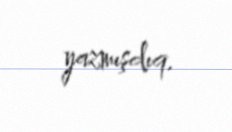
yazmışdıq.